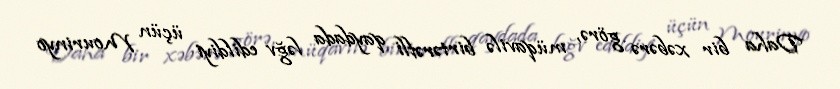
Daha bir xəbərə görə, müqavilə birtərəfli qaydada ləğv edildiyi üçün Mourinyo